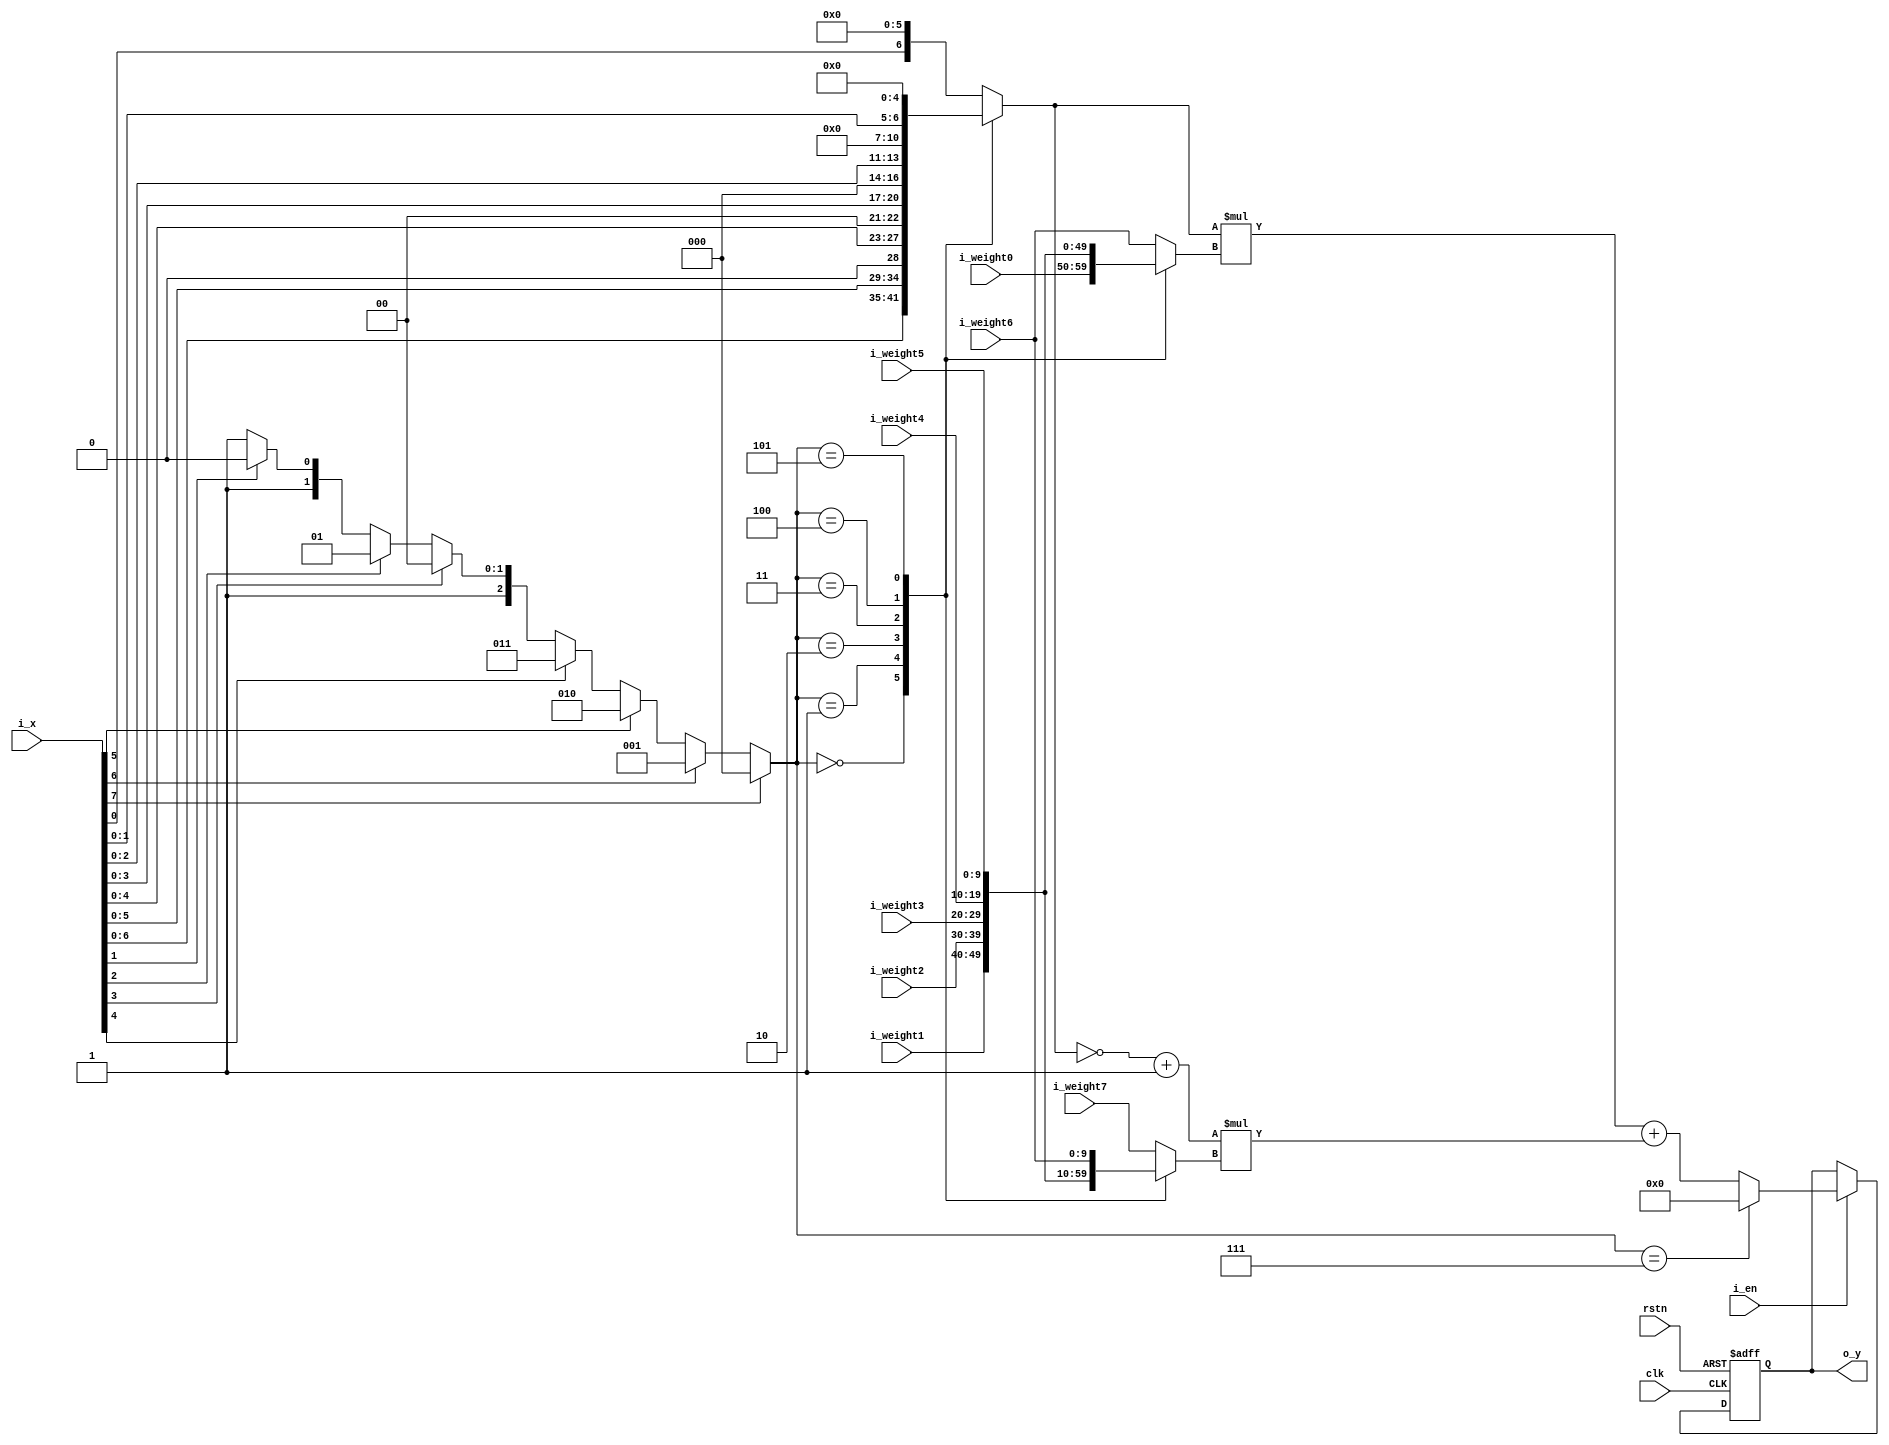
// ./list_rtl.f

module linear_interpolator_2d 
#(
  parameter X_WIDTH      = 8 ,
  parameter WEIGHT_WIDTH = 10
)
(
  input                         clk      ,
  input                         rstn     ,

  input                         i_en     ,
  input      [X_WIDTH-1:0]      i_x      ,
  input      [WEIGHT_WIDTH-1:0] i_weight0,
  input      [WEIGHT_WIDTH-1:0] i_weight1,
  input      [WEIGHT_WIDTH-1:0] i_weight2,
  input      [WEIGHT_WIDTH-1:0] i_weight3,
  input      [WEIGHT_WIDTH-1:0] i_weight4,
  input      [WEIGHT_WIDTH-1:0] i_weight5,
  input      [WEIGHT_WIDTH-1:0] i_weight6,
  input      [WEIGHT_WIDTH-1:0] i_weight7,

  output reg [WEIGHT_WIDTH-1:0] o_y      
);
  //===================================================
  // Part 1. calc w
  //===================================================
  localparam
    SEL_WIDTH = 3,
    MSB_0 = 3'b000,
    MSB_1 = 3'b001,
    MSB_2 = 3'b010,
    MSB_3 = 3'b011,
    MSB_4 = 3'b100,
    MSB_5 = 3'b101,
    MSB_6 = 3'b110,
    MSB_7 = 3'b111;

  reg [SEL_WIDTH-1:0] w_sel; // one hot encoding
  always @(*) begin
    if(i_x[7])      w_sel = MSB_0;
    else if(i_x[6]) w_sel = MSB_1;
    else if(i_x[5]) w_sel = MSB_2;
    else if(i_x[4]) w_sel = MSB_3;
    else if(i_x[3]) w_sel = MSB_4;
    else if(i_x[2]) w_sel = MSB_5;
    else if(i_x[1]) w_sel = MSB_6;
    else            w_sel = MSB_7;
  end

  reg [9:0] w_weight1; // Q[10.0]
  always @(*) begin
    case(w_sel)
      MSB_0   : w_weight1 = i_weight0;
      MSB_1   : w_weight1 = i_weight1;
      MSB_2   : w_weight1 = i_weight2;
      MSB_3   : w_weight1 = i_weight3;
      MSB_4   : w_weight1 = i_weight4;
      MSB_5   : w_weight1 = i_weight5;
      default : w_weight1 = i_weight6;
    endcase
  end
  reg [9:0] w_weight2; // Q[10.0]
  always @(*) begin
    case(w_sel)
      MSB_0   : w_weight2 = i_weight1;
      MSB_1   : w_weight2 = i_weight2;
      MSB_2   : w_weight2 = i_weight3;
      MSB_3   : w_weight2 = i_weight4;
      MSB_4   : w_weight2 = i_weight5;
      MSB_5   : w_weight2 = i_weight6;
      default : w_weight2 = i_weight7;
    endcase
  end

  reg [6:0] w_alpha1;  // Q[0.7]
  always @(*) begin
    case(w_sel)
      MSB_0   : w_alpha1 =  i_x[6:0]       ; // Q[0.7]
      MSB_1   : w_alpha1 = {i_x[5:0], 1'b0}; // Q[0.6]
      MSB_2   : w_alpha1 = {i_x[4:0], 2'b0}; // Q[0.5]
      MSB_3   : w_alpha1 = {i_x[3:0], 3'b0}; // Q[0.4]
      MSB_4   : w_alpha1 = {i_x[2:0], 4'b0}; // Q[0.3]
      MSB_5   : w_alpha1 = {i_x[1:0], 5'b0}; // Q[0.2]
      default : w_alpha1 = {i_x[0]  , 6'b0}; // Q[0.1]
    endcase
  end

  wire [6:0] w_alpha2 = ~w_alpha1 + 1;

  wire [16:0] w_mul1 = w_alpha1 * w_weight1;
  wire [16:0] w_mul2 = w_alpha2 * w_weight2;

  wire [17:0] w_result = w_mul1 + w_mul2;

  always @ (posedge clk, negedge rstn) begin
    if(!rstn)
      o_y <= 0;
    else if(i_en) begin
      if(w_sel == MSB_7)
        o_y <= 0;
      else
        o_y <= w_result[9:0];
    end
  end

endmodule